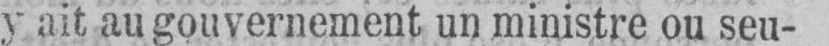
y ait au gouvernement un ministre ou seu-